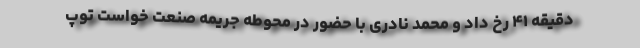
دقیقه ۴۱ رخ داد و محمد نادری با حضور در محوطه جریمه صنعت خواست توپ